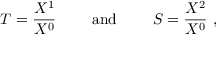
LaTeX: T = \frac { X ^ { 1 } } { X ^ { 0 } } \qquad \mathrm { ~ a n d ~ } \qquad S = \frac { X ^ { 2 } } { X ^ { 0 } } \ ,